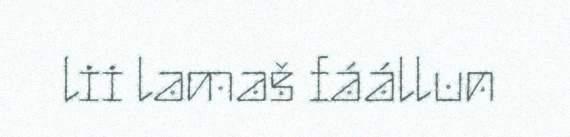
lii lamaš fáállun